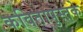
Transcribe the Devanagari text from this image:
कवितापुस्तके